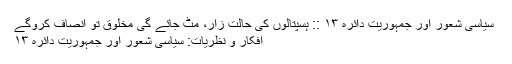
﻿ سیاسی شعور اور جمہوریت دائرہ ۱۳ :: ہسپتالوں کی حالت زار، مٹ جائے گی مخلوق تو انصاف کروگے
افکار و نظریات: سیاسی شعور اور جمہوریت دائرہ ۱۳